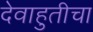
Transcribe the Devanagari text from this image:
देवाहुतीचा